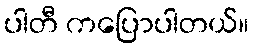
ပါတီ ကပြောပါတယ်။